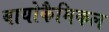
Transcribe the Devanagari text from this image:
बायोकैमिकल